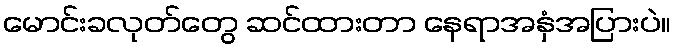
မောင်းခလုတ်တွေ ဆင်ထားတာ နေရာအနှံအပြားပဲ။